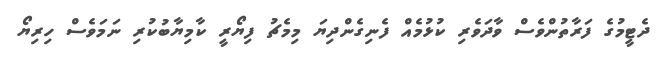
ދެޓީމުގެ ފަރާތުންވެސް ވާދަވެރި ކުޅުމެއް ފެނިގެންދިޔަ މިމެޗު ފިޔޯރީ ކާމިޔާބުކުރި ނަމަވެސް ހިރިޔޯ